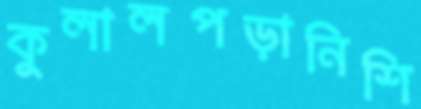
কুলালপড়ানিশি